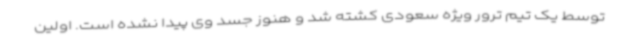
توسط یک تیم ترور ویژه سعودی کشته شد و هنوز جسد وی پیدا نشده است. اولین